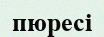
пюресі